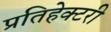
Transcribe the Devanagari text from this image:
प्रतिहेक्टरी